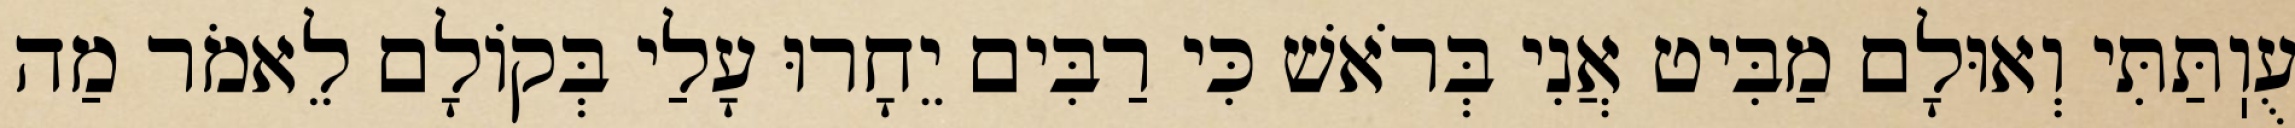
עֻוֽתַּתִּי וְאוּלָם מַבִּיט אֲנִי בְּרֹאשׁ כִּי רַבִּים יֵחָרוּ עָלַי בְּקוֹלָם לֵאמֹר מַה